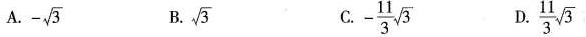
A.- $$- \sqrt{3}$$ B./3 $$\sqrt{3}$$ C.$$- \frac{11}{3} \sqrt{3}$$ D.$$\frac{11}{3} \sqrt{3}$$